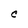
Character: C